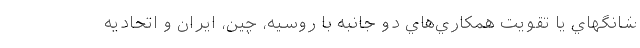
شانگهاي يا تقويت همكاري‌هاي دو جانبه با روسيه، چين، ايران و اتحاديه